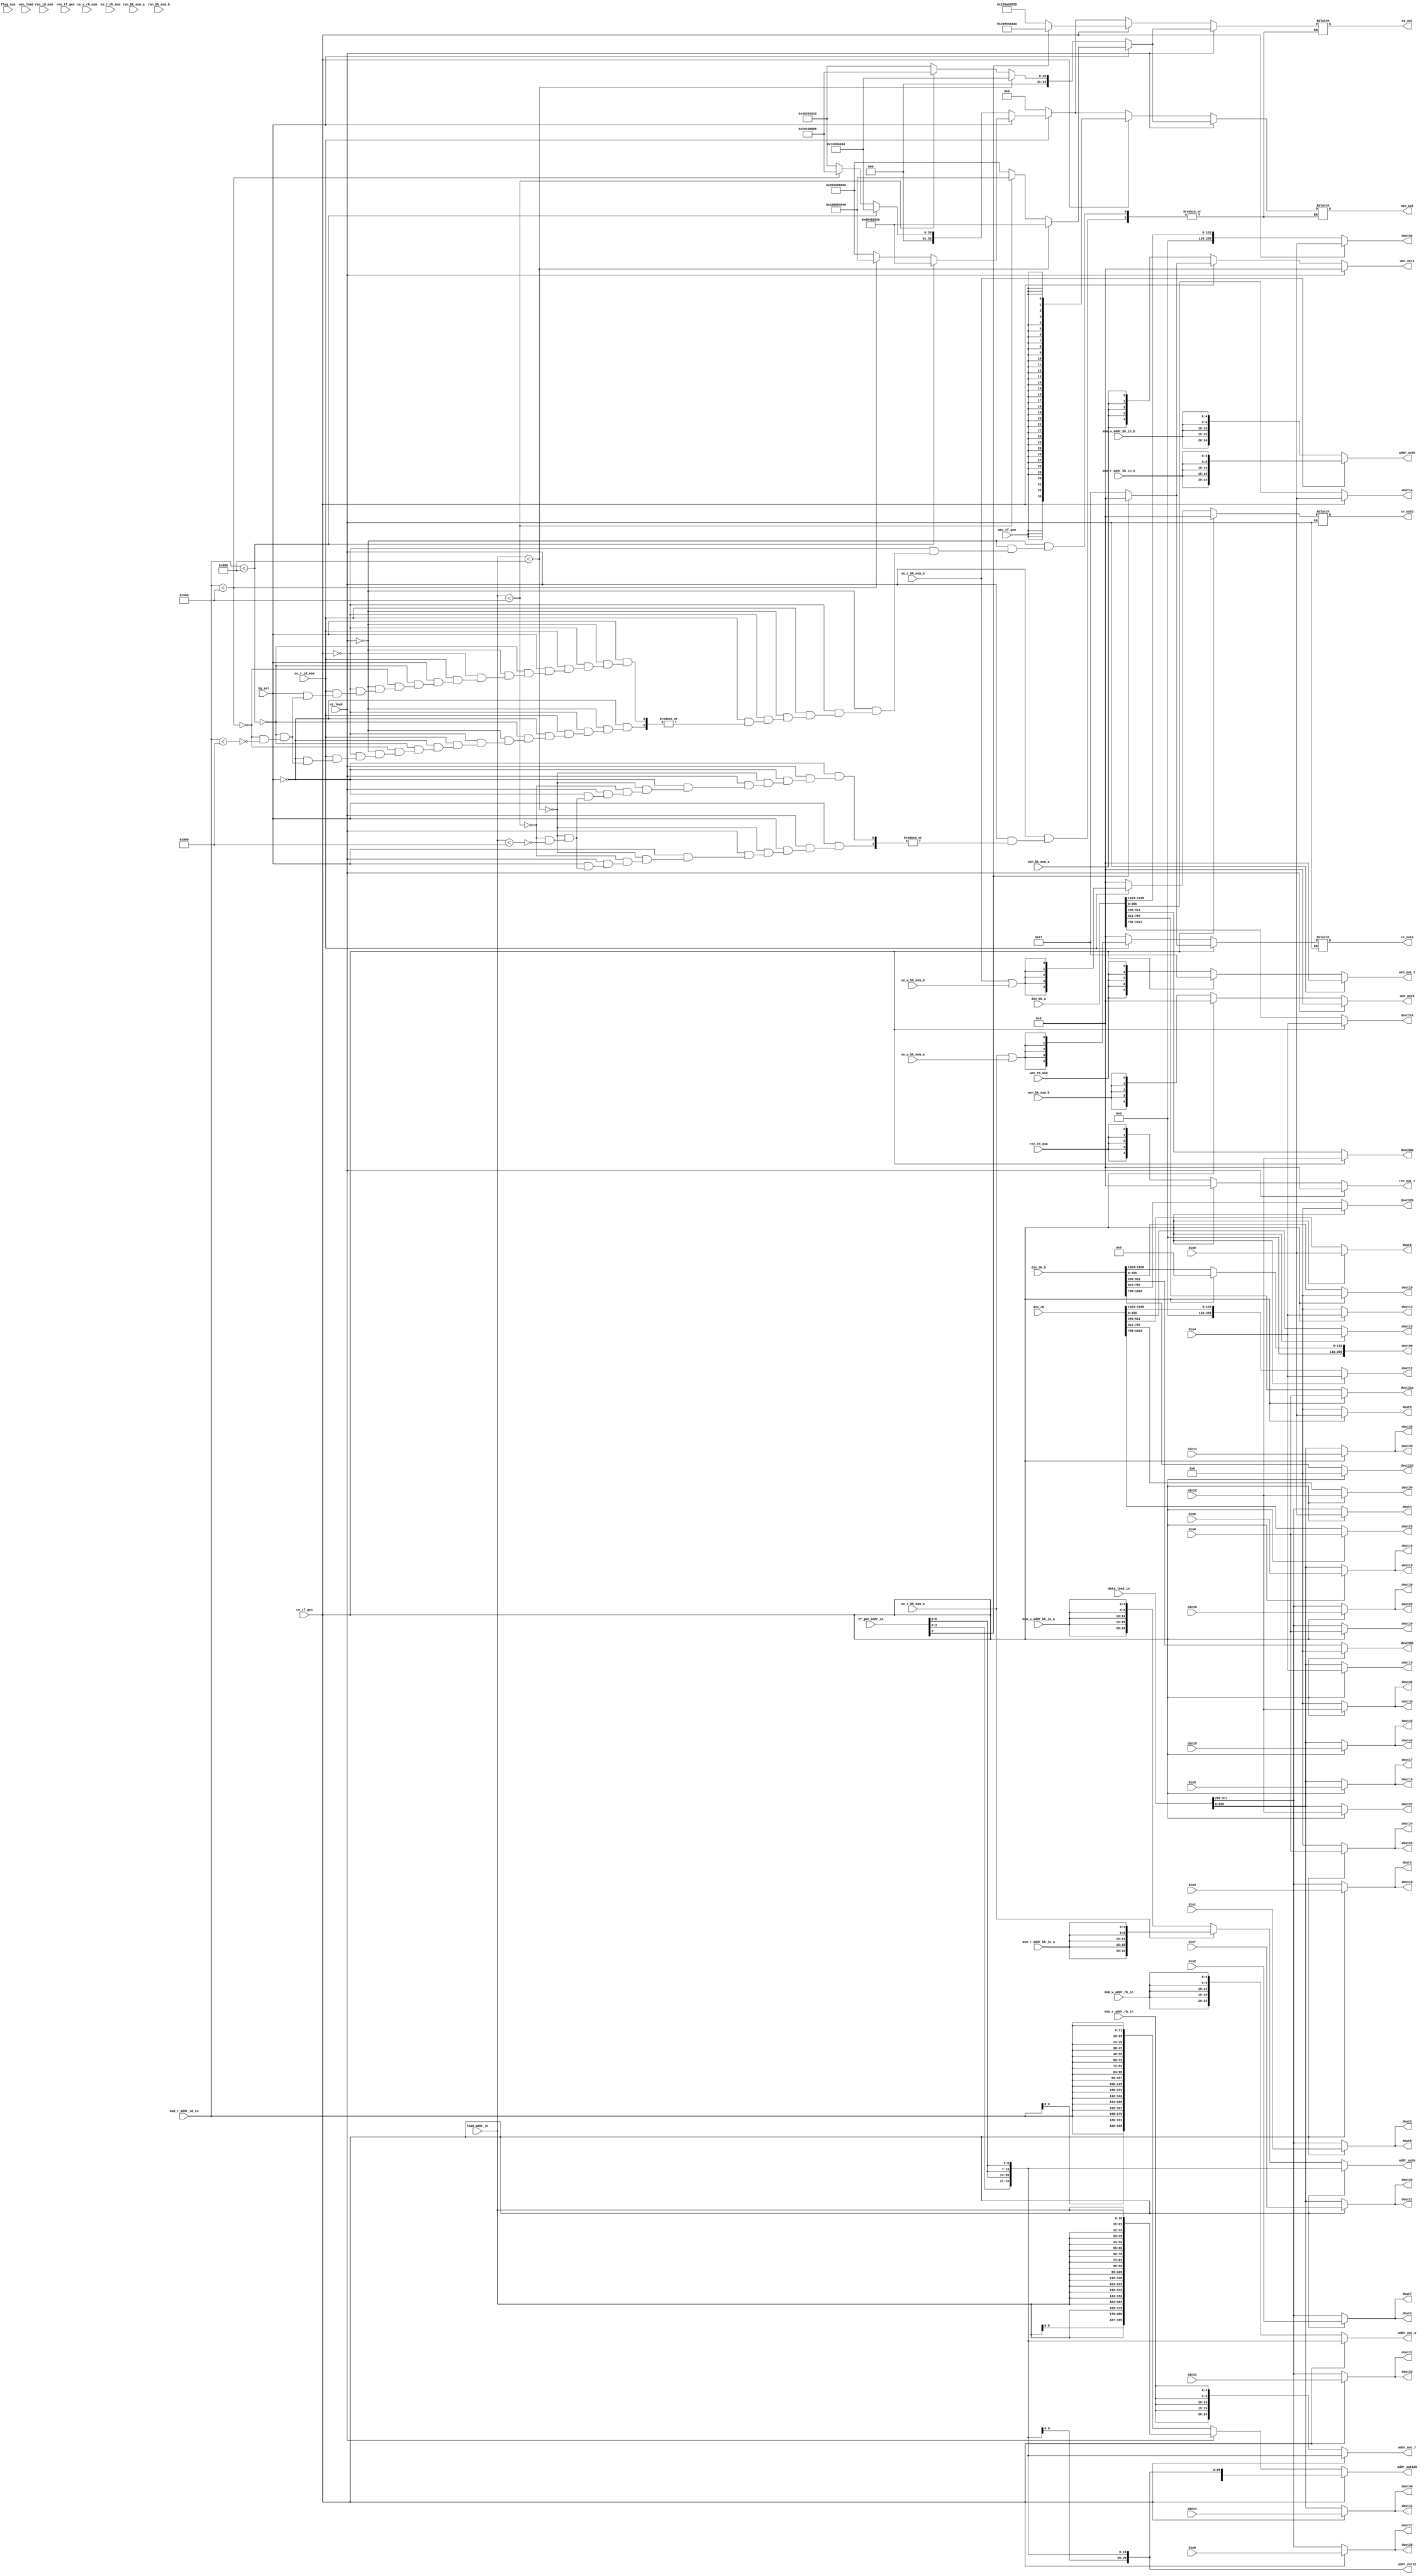
module bg4_input_logic(
    input                                 flag_msm            , //==0: do ntt; ==1: do msm
    input                                 bg_sel              , //==0: load 0,1,4,5; ==1: load2,3,4,5
    input      [     10:0]                load_addr_in        ,
    input                                 ce_load             , //from bank_load_logic
    input                                 wen_load            ,
    input      [     11:0]                msm_r_addr_id_in    , //r_addr_id_mem from msm_top(read scalar and point)
    input                                 ce_r_id_msm         ,
    input                                 ren_id_msm          ,
    input      [      4:0]                msm_r_addr_bk_in_a  , //r_addr_bucket_a from msm_top(read bucket)
    input                                 ce_r_bk_msm_a       ,
    input                                 ren_bk_msm_a        ,
    input      [      4:0]                msm_r_addr_bk_in_b  , //r_addr_bucket_b from msm_top(read bucket)
    input                                 ce_r_bk_msm_b       ,
    input                                 ren_bk_msm_b        ,
    input      [      4:0]                msm_w_addr_bk_in_a  , //w_addr_bucket_a from msm_top(write bucket)
    input                                 ce_w_bk_msm_a       ,
    input                                 wen_bk_msm_a        ,
    input      [      4:0]                msm_w_addr_bk_in_b  , //w_addr_bucket_b from msm_top(write bucket)
    input                                 ce_w_bk_msm_b       ,
    input                                 wen_bk_msm_b        ,
    input      [      4:0]                msm_w_addr_rb_in    , //fifo_w_addr from msm_top(write result_buffer)
    input                                 ce_w_rb_msm         ,
    input                                 wen_rb_msm          ,
    input      [      4:0]                msm_r_addr_rb_in    , //fifo_r_addr from msm_top(read result_buffer)
    input                                 ce_r_rb_msm         ,
    input                                 ren_rb_msm          ,
    input      [    8-1:0]                tf_gen_addr_in      , //one 8-bit from tf_gen_top
    input                                 ce_tf_gen           , //one 1-bit from tf_gen_top
    input                                 wen_tf_gen          , //one 1-bit from tf_gen_top
    input                                 ren_tf_gen          , //one 1-bit from tf_gen_top
    input      [  512-1:0]                data_load_in        , //from bank_load_logic
    input      [  256-1:0]                din0                , //from tf_gen
    input      [  256-1:0]                din1                , //from tf_gen
    input      [  256-1:0]                din2                , //from tf_gen
    input      [  256-1:0]                din3                , //from tf_gen
    input      [  256-1:0]                din4                , //from tf_gen
    input      [  256-1:0]                din5                , //from tf_gen
    input      [  256-1:0]                din6                , //from tf_gen
    input      [  256-1:0]                din7                , //from tf_gen
    input      [  256-1:0]                din8                , //from tf_gen
    input      [  256-1:0]                din9                , //from tf_gen
    input      [  256-1:0]                din10               , //from tf_gen
    input      [  256-1:0]                din11               , //from tf_gen
    input      [  256-1:0]                din12               , //from tf_gen
    input      [  256-1:0]                din13               , //from tf_gen
    input      [  256-1:0]                din14               , //from tf_gen
    input      [  256-1:0]                din15               , //from tf_gen
    input      [ 1157-1:0]                din_bk_a            , //from msm_top
    input      [ 1157-1:0]                din_bk_b            , //from msm_top
    input      [ 1157-1:0]                din_rb              , //from msm_top
    output reg [  5*5-1:0]                addr_outa           , //5 5-bit for dual port ram
    output reg [  5*5-1:0]                addr_outb           , //5 5-bit for dual port ram
    output     [  5*5-1:0]                addr_out_r          , //5 5-bit for two port ram
    output     [  5*5-1:0]                addr_out_w          , //5 5-bit for two port ram
    output     [  5*6-1:0]                addr_out32          , //6 5-bit
    output     [  7*28-1:0]               addr_out128         , //28 7-bit
    output reg [   5-1:0]                 ce_outa             , //5 1-bit for dual port ram
    output reg [   5-1:0]                 ce_outb             , //5 1-bit for dual port ram
    output reg [   34-1:0]                ce_out              , //34 1-bit for single prot ram
    output reg [   5-1:0]                 wen_outa            , //5 1-bit for dual port ram
    output reg [   5-1:0]                 wen_outb            , //5 1-bit for dual port ram
    output reg [   5-1:0]                 wen_out_t           , //5 1-bit for two port ram
    output reg [   5-1:0]                 ren_out_t           , //5 1-bit for two port ram
    output reg [   34-1:0]                wen_out             , //34 1-bit
    output reg [  256-1:0]                dout0a              ,
    output reg [  256-1:0]                dout1a              ,
    output reg [  256-1:0]                dout0b              ,
    output reg [  256-1:0]                dout1b              ,
    output reg [  256-1:0]                dout2               ,
    output reg [  256-1:0]                dout3               ,
    output reg [  256-1:0]                dout4               ,
    output reg [  256-1:0]                dout5               ,
    output reg [  256-1:0]                dout6               ,
    output reg [  256-1:0]                dout7               ,
    output reg [  256-1:0]                dout8               ,
    output reg [  256-1:0]                dout9               ,
    output reg [  256-1:0]                dout10              ,
    output reg [  256-1:0]                dout11a             ,
    output reg [  256-1:0]                dout11b             ,
    output reg [  256-1:0]                dout12              ,
    output reg [  256-1:0]                dout13              ,
    output reg [  256-1:0]                dout14              ,
    output reg [  256-1:0]                dout15              ,
    output reg [  256-1:0]                dout16              ,
    output reg [  256-1:0]                dout17              ,
    output reg [  256-1:0]                dout18              ,
    output reg [  256-1:0]                dout19              ,
    output reg [  256-1:0]                dout20              ,
    output reg [  256-1:0]                dout21              ,
    output reg [  256-1:0]                dout22a             ,
    output reg [  256-1:0]                dout22b             ,
    output reg [  256-1:0]                dout23              ,
    output reg [  256-1:0]                dout24              ,
    output reg [  256-1:0]                dout25              ,
    output reg [  256-1:0]                dout26              ,
    output reg [  256-1:0]                dout27              ,
    output reg [  256-1:0]                dout28              ,
    output reg [  256-1:0]                dout29              ,
    output reg [  256-1:0]                dout30              ,
    output reg [  256-1:0]                dout31              ,
    output reg [  256-1:0]                dout32              ,
    output reg [  256-1:0]                dout33a             ,
    output reg [  256-1:0]                dout33b             ,
    output reg [  256-1:0]                dout34              ,
    output reg [  256-1:0]                dout35              ,
    output reg [  256-1:0]                dout36              ,
    output reg [  256-1:0]                dout37              ,
    output reg [  256-1:0]                dout38              ,
    output reg [  256-1:0]                dout39              ,
    output reg [  256-1:0]                dout40              ,
    output reg [  256-1:0]                dout41              ,
    output reg [  256-1:0]                dout42              ,
    output reg [  256-1:0]                dout43               //
    );
    always @(*)begin //ce_outa, ce_outb ce_out
        if(ce_load)begin
            if(bg_sel) begin
                if(load_addr_in<2048+128) begin
                    //ce_out[5]  = 1; ce_out[13] = 1; ce_out[22] = 1; ce_out[31] = 1;
                    ce_out  = 34'b 00_1000_0000_0100_0000_0010_0000_0010_0000;
                  //               32   28   24   20   16   12    8    4    0
                end
                else if(load_addr_in<2048+256) begin
                    //ce_out[6]  = 1; ce_out[14] = 1; ce_out[23] = 1; ce_out[32] = 1;
                    ce_out  = 34'b 01_0000_0000_1000_0000_0100_0000_0100_0000;
                end
                else if(load_addr_in<2048+384) begin
                    //ce_out[7]  = 1; ce_out[15] = 1; ce_out[24] = 1; ce_out[33] = 1;
                    ce_out  = 34'b 10_0000_0001_0000_0000_1000_0000_1000_0000;
                end
            end
            else begin
                if(load_addr_in<2048+128) begin
                    //ce_out[2]  = 1; ce_out[10] = 1; ce_out[19] = 1; ce_out[28] = 1;
                    ce_out  = 34'b 00_0001_0000_0000_1000_0000_0100_0000_0100;
                end
                else if(load_addr_in<2048+256) begin
                    //ce_out[3]  = 1; ce_out[11] = 1; ce_out[20] = 1; ce_out[29] = 1;
                    ce_out  = 34'b 00_0010_0000_0001_0000_0000_1000_0000_1000;
                end
                else if(load_addr_in<2048+384) begin
                    //ce_out[4]  = 1; ce_out[12] = 1; ce_out[21] = 1; ce_out[30] = 1;
                    ce_out  = 34'b 00_0100_0000_0010_0000_0001_0000_0001_0000;
                end
            end
        end
        else if(ce_tf_gen)begin
            if (tf_gen_addr_in[7]) begin
                ce_out  = 34'b 1010101001010101001010101010101010;
                ce_outa = 5'b 00000;
                ce_outb = 5'b 00000;
            end
            else begin
                ce_out  = 34'b 0101010110101010110101010101010101;
                ce_outa = 5'b 11111;
                ce_outb = 5'b 00000;
            end
        end
        else if(ce_r_id_msm)begin //read scalar-mem and point-mem
            ce_outa = {ce_r_bk_msm_a | ce_w_bk_msm_a, ce_r_bk_msm_a | ce_w_bk_msm_a, ce_r_bk_msm_a | ce_w_bk_msm_a, ce_r_bk_msm_a | ce_w_bk_msm_a, ce_r_bk_msm_a | ce_w_bk_msm_a};
            ce_outb = {ce_r_bk_msm_b | ce_w_bk_msm_b, ce_r_bk_msm_b | ce_w_bk_msm_b, ce_r_bk_msm_b | ce_w_bk_msm_b, ce_r_bk_msm_b | ce_w_bk_msm_b, ce_r_bk_msm_b | ce_w_bk_msm_b};
            if(bg_sel) begin
                if(msm_r_addr_id_in<2048+128) begin
                    //ce_out[5]  = 1; ce_out[13] = 1; ce_out[22] = 1; ce_out[31] = 1;
                    ce_out  = 34'b 00_1000_0000_0100_0000_0010_0000_0010_0000;
                  //               32   28   24   20   16   12    8    4    0
                end
                else if(msm_r_addr_id_in<2048+256) begin
                    //ce_out[6]  = 1; ce_out[14] = 1; ce_out[23] = 1; ce_out[32] = 1;
                    ce_out  = 34'b 01_0000_0000_1000_0000_0100_0000_0100_0000;
                end
                else if(msm_r_addr_id_in<2048+384) begin
                    //ce_out[7]  = 1; ce_out[15] = 1; ce_out[24] = 1; ce_out[33] = 1;
                    ce_out  = 34'b 10_0000_0001_0000_0000_1000_0000_1000_0000;
                end
            end
            else begin
                if(msm_r_addr_id_in<2048+128) begin
                    //ce_out[2]  = 1; ce_out[10] = 1; ce_out[19] = 1; ce_out[28] = 1;
                    ce_out  = 34'b 00_0001_0000_0000_1000_0000_0100_0000_0100;
                end
                else if(msm_r_addr_id_in<2048+256) begin
                    //ce_out[3]  = 1; ce_out[11] = 1; ce_out[20] = 1; ce_out[29] = 1;
                    ce_out  = 34'b 00_0010_0000_0001_0000_0000_1000_0000_1000;
                end
                else if(msm_r_addr_id_in<2048+384) begin
                    //ce_out[4]  = 1; ce_out[12] = 1; ce_out[21] = 1; ce_out[30] = 1;
                    ce_out  = 34'b 00_0100_0000_0010_0000_0001_0000_0001_0000;
                end
            end
        end
        else begin
            ce_out = 0;
            ce_outa = 0;
            ce_outb = 0;
        end
    end
    always @(*)begin //wen_out
        if(ce_load)begin
            wen_out_t = 0;
            ren_out_t = 0;
            wen_outa  = 0;
            wen_outb  = 0;
            if(bg_sel) begin
                if(load_addr_in<2048+128) begin
                    //ce_out[5]  = 1; ce_out[13] = 1; ce_out[22] = 1; ce_out[31] = 1;
                    wen_out  = 34'b 00_1000_0000_0100_0000_0010_0000_0010_0000;
                  //               32   28   24   20   16   12    8    4    0
                end
                else if(load_addr_in<2048+256) begin
                    //ce_out[6]  = 1; ce_out[14] = 1; ce_out[23] = 1; ce_out[32] = 1;
                    wen_out  = 34'b 01_0000_0000_1000_0000_0100_0000_0100_0000;
                end
                else if(load_addr_in<2048+384) begin
                    //ce_out[7]  = 1; ce_out[15] = 1; ce_out[24] = 1; ce_out[33] = 1;
                    wen_out  = 34'b 10_0000_0001_0000_0000_1000_0000_1000_0000;
                end
            end
            else begin
                if(load_addr_in<2048+128) begin
                    //ce_out[2]  = 1; ce_out[10] = 1; ce_out[19] = 1; ce_out[28] = 1;
                    wen_out  = 34'b 00_0001_0000_0000_1000_0000_0100_0000_0100;
                end
                else if(load_addr_in<2048+256) begin
                    //ce_out[3]  = 1; ce_out[11] = 1; ce_out[20] = 1; ce_out[29] = 1;
                    wen_out  = 34'b 00_0010_0000_0001_0000_0000_1000_0000_1000;
                end
                else if(load_addr_in<2048+384) begin
                    //ce_out[4]  = 1; ce_out[12] = 1; ce_out[21] = 1; ce_out[30] = 1;
                    wen_out  = 34'b 00_0100_0000_0010_0000_0001_0000_0001_0000;
                end
            end
        end
        else if(ce_tf_gen)begin
            if(tf_gen_addr_in[7]) begin
                wen_outa  = 5'b 00000;
                wen_outb  = 5'b 00000;
                wen_out_t = 5'b 11111;
                ren_out_t = 5'b 00000;
                wen_out = {34{wen_tf_gen}};
            end
            else begin
                wen_out_t = 5'b 11111;
                ren_out_t = 5'b 00000;
                wen_outa  = 5'b 11111;
                wen_outb  = 5'b 00000;
                wen_out = {34{wen_tf_gen}};
            end
            
        end
        else if(ce_r_id_msm)begin //read scalar-mem and point-mem
            wen_out_t = {wen_rb_msm, wen_rb_msm, wen_rb_msm, wen_rb_msm, wen_rb_msm};
            ren_out_t = {ren_rb_msm, ren_rb_msm, ren_rb_msm, ren_rb_msm, ren_rb_msm};
            wen_outa  = {wen_bk_msm_a, wen_bk_msm_a, wen_bk_msm_a, wen_bk_msm_a, wen_bk_msm_a};
            wen_outb  = {wen_bk_msm_b, wen_bk_msm_b, wen_bk_msm_b, wen_bk_msm_b, wen_bk_msm_b};
            if(bg_sel) begin
                if(msm_r_addr_id_in<2048+128) begin
                    wen_out  = 34'b 00_1000_0000_0100_0000_0010_0000_0010_0000;
                  //               32   28   24   20   16   12    8    4    0
                end
                else if(msm_r_addr_id_in<2048+256) begin
                    wen_out  = 34'b 01_0000_0000_1000_0000_0100_0000_0100_0000;
                end
                else if(msm_r_addr_id_in<2048+384) begin
                    wen_out  = 34'b 10_0000_0001_0000_0000_1000_0000_1000_0000;
                end
            end
            else begin
                if(msm_r_addr_id_in<2048+128) begin
                    wen_out  = 34'b 00_0001_0000_0000_1000_0000_0100_0000_0100;
                end
                else if(msm_r_addr_id_in<2048+256) begin
                    wen_out  = 34'b 00_0010_0000_0001_0000_0000_1000_0000_1000;
                end
                else if(msm_r_addr_id_in<2048+384) begin
                    wen_out  = 34'b 00_0100_0000_0010_0000_0001_0000_0001_0000;
                end
            end
        end
        else begin
            wen_out_t = {wen_rb_msm, wen_rb_msm, wen_rb_msm, wen_rb_msm, wen_rb_msm};
            ren_out_t = {ren_rb_msm, ren_rb_msm, ren_rb_msm, ren_rb_msm, ren_rb_msm};
            wen_outa  = {wen_bk_msm_a, wen_bk_msm_a, wen_bk_msm_a, wen_bk_msm_a, wen_bk_msm_a};
            wen_outb  = {wen_bk_msm_b, wen_bk_msm_b, wen_bk_msm_b, wen_bk_msm_b, wen_bk_msm_b};
            wen_out   = 0;
        end
    end
    always@(*)begin //addr_outa 
        if(ce_tf_gen) begin //tf_mode
            addr_outa = {5{tf_gen_addr_in[6:0]}};
        end
        else begin
            addr_outa = (ce_r_bk_msm_a) ? {5{msm_r_addr_bk_in_a}} : {5{msm_w_addr_bk_in_a}};
        end
    end
    always@(*)begin //addr_outb
        addr_outb = (ce_r_bk_msm_b) ? {5{msm_r_addr_bk_in_b}} : {5{msm_w_addr_bk_in_b}};
    end
    assign addr_out_r = (ce_tf_gen) ? {5{tf_gen_addr_in[6:0]}} : {5{msm_r_addr_rb_in}};
    assign addr_out_w = (ce_tf_gen) ? {5{tf_gen_addr_in[6:0]}} : {5{msm_w_addr_rb_in}};
    assign addr_out32 = {6{tf_gen_addr_in[6:0]}};
    assign addr_out128 = (ce_tf_gen) ? {28{tf_gen_addr_in[6:0]}} : (ce_load) ? {28{load_addr_in}} : {28{msm_r_addr_id_in}};
    always@(*)begin //doutXa, b 
        if(ce_tf_gen) begin //tf_mode
            dout0a = din0; dout11a = din4; dout22a = din8; dout33a = din12; dout1a = din0;
            dout0b = 0;    dout11b =    0; dout22b =    0; dout33b =     0; dout1b =    0;
        end
        else begin
            {dout0a,dout11a,dout22a,dout33a,dout1a} = din_bk_a;
            {dout0b,dout11b,dout22b,dout33b,dout1b} = din_bk_b;
        end
    end
    always@(*)begin //dout 
        if(ce_tf_gen) begin //tf_mode
            dout12 = din4; dout23 = din8; dout34 = din12; dout2 = din0; dout13 = din4;
            dout24 = din8; dout35 = din12; dout3 = din0; dout14 = din4; dout25 = din8; dout36 = din12;
            dout4 = din0; dout15 = din4; dout26 = din8; dout37 = din12;
            dout5 = din1; dout16 = din5; dout27 = din9; dout38 = din13;
            dout6 = din1; dout17 = din5; dout28 = din9; dout39 = din13;
            dout7 = din2; dout18 = din6; dout29 = din10; dout40 = din14;
            dout8 = din2; dout19 = din6; dout30 = din10; dout41 = din14;
            dout9 = din3; dout20 = din7; dout31 = din11; dout42 = din15;
            dout10 = din3; dout21 = din7; dout32 = din11; dout43 = din15;
        end
        else begin
            {dout12,dout23,dout34,dout2,dout13} = din_rb;
            dout24 = 0; dout35 = 0; dout3 = 0; dout14 = 0; dout25 = 0; dout36 = 0;
            {dout4, dout15} = data_load_in; {dout26, dout37} = data_load_in;
            {dout5  , dout16} = data_load_in; {dout27 , dout38 } = data_load_in;
            {dout6  , dout17} = data_load_in; {dout28 , dout39 } = data_load_in;
            {dout7  , dout18} = data_load_in; {dout29 ,  dout40} = data_load_in;
            {dout8  , dout19} = data_load_in; {dout30 ,  dout41} = data_load_in;
            {dout9  , dout20} = data_load_in; {dout31 ,  dout42} = data_load_in;
            {dout10 , dout21} = data_load_in; {dout32 ,  dout43} = data_load_in;
        end
    end
endmodule